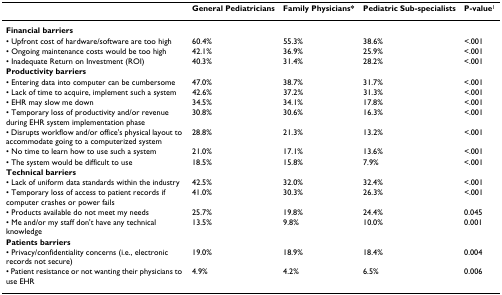
<table><thead><tr><td></td><td><b>General Pediatricians</b></td><td><b>Family Physicians*</b></td><td><b>Pediatric Sub-specialists</b></td><td><b>P-value<sup>1</sup></b></td></tr></thead><tbody><tr><td><b>Financial barriers</b></td><td></td><td></td><td></td><td></td></tr><tr><td>• Upfront cost of hardware/software are too high</td><td>60.4%</td><td>55.3%</td><td>38.6%</td><td>&lt;.001</td></tr><tr><td>• Ongoing maintenance costs would be too high</td><td>42.1%</td><td>36.9%</td><td>25.9%</td><td>&lt;.001</td></tr><tr><td>• Inadequate Return on Investment (ROI)</td><td>40.3%</td><td>31.4%</td><td>28.2%</td><td>&lt;.001</td></tr><tr><td><b>Productivity barriers</b></td><td></td><td></td><td></td><td></td></tr><tr><td>• Entering data into computer can be cumbersome</td><td>47.0%</td><td>38.7%</td><td>31.7%</td><td>&lt;.001</td></tr><tr><td>• Lack of time to acquire, implement such a system</td><td>42.6%</td><td>37.2%</td><td>31.3%</td><td>&lt;.001</td></tr><tr><td>• EHR may slow me down</td><td>34.5%</td><td>34.1%</td><td>17.8%</td><td>&lt;.001</td></tr><tr><td>• Temporary loss of productivity and/or revenue during EHR system implementation phase</td><td>30.8%</td><td>30.6%</td><td>16.3%</td><td>&lt;.001</td></tr><tr><td>• Disrupts workflow and/or office&#x27;s physical layout to accommodate going to a computerized system</td><td>28.8%</td><td>21.3%</td><td>13.2%</td><td>&lt;.001</td></tr><tr><td>• No time to learn how to use such a system</td><td>21.0%</td><td>17.1%</td><td>13.6%</td><td>&lt;.001</td></tr><tr><td>• The system would be difficult to use</td><td>18.5%</td><td>15.8%</td><td>7.9%</td><td>&lt;.001</td></tr><tr><td><b>Technical barriers</b></td><td></td><td></td><td></td><td></td></tr><tr><td>• Lack of uniform data standards within the industry</td><td>42.5%</td><td>32.0%</td><td>32.4%</td><td>&lt;.001</td></tr><tr><td>• Temporary loss of access to patient records if computer crashes or power fails</td><td>41.0%</td><td>30.3%</td><td>26.3%</td><td>&lt;.001</td></tr><tr><td>• Products available do not meet my needs</td><td>25.7%</td><td>19.8%</td><td>24.4%</td><td>0.045</td></tr><tr><td>• Me and/or my staff don&#x27;t have any technical knowledge</td><td>13.5%</td><td>9.8%</td><td>10.0%</td><td>0.001</td></tr><tr><td><b>Patients barriers</b></td><td></td><td></td><td></td><td></td></tr><tr><td>• Privacy/confidentiality concerns (i.e., electronic records not secure)</td><td>19.0%</td><td>18.9%</td><td>18.4%</td><td>0.004</td></tr><tr><td>• Patient resistance or not wanting their physicians to use EHR</td><td>4.9%</td><td>4.2%</td><td>6.5%</td><td>0.006</td></tr></tbody></table>